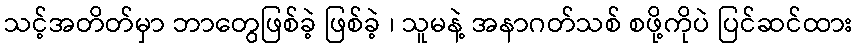
သင့်အတိတ်မှာ ဘာတွေဖြစ်ခဲ့ ဖြစ်ခဲ့ ၊ သူမနဲ့ အနာဂတ်သစ် စဖို့ကိုပဲ ပြင်ဆင်ထား